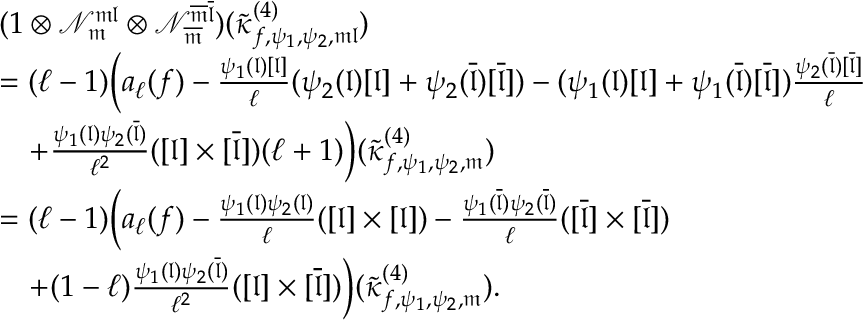
\begin{array} { r l } & { ( 1 \otimes \mathcal { N } _ { \mathfrak { m } } ^ { \mathfrak { m l } } \otimes \mathcal { N } _ { \overline { { \mathfrak { m } } } } ^ { \overline { { \mathfrak { m } } } \overline { { \mathfrak { l } } } } ) ( \tilde { \kappa } _ { f , \psi _ { 1 } , \psi _ { 2 } , \mathfrak { m } \mathfrak { l } } ^ { ( 4 ) } ) } \\ & { = ( \ell - 1 ) \bigg ( a _ { \ell } ( f ) - \frac { \psi _ { 1 } ( \mathfrak { l } ) [ \mathfrak { l } ] } { \ell } ( \psi _ { 2 } ( \mathfrak { l } ) [ \mathfrak { l } ] + \psi _ { 2 } ( \overline { { \mathfrak { l } } } ) [ \overline { { \mathfrak { l } } } ] ) - ( \psi _ { 1 } ( \mathfrak { l } ) [ \mathfrak { l } ] + \psi _ { 1 } ( \overline { { \mathfrak { l } } } ) [ \overline { { \mathfrak { l } } } ] ) \frac { \psi _ { 2 } ( \overline { { \mathfrak { l } } } ) [ \overline { { \mathfrak { l } } } ] } { \ell } } \\ & { \quad + \frac { \psi _ { 1 } ( \mathfrak { l } ) \psi _ { 2 } ( \overline { { \mathfrak { l } } } ) } { \ell ^ { 2 } } ( [ \mathfrak { l } ] \times [ \overline { { \mathfrak { l } } } ] ) ( \ell + 1 ) \bigg ) ( \tilde { \kappa } _ { f , \psi _ { 1 } , \psi _ { 2 } , \mathfrak { m } } ^ { ( 4 ) } ) } \\ & { = ( \ell - 1 ) \bigg ( a _ { \ell } ( f ) - \frac { \psi _ { 1 } ( \mathfrak { l } ) \psi _ { 2 } ( \mathfrak { l } ) } { \ell } ( [ \mathfrak { l } ] \times [ \mathfrak { l } ] ) - \frac { \psi _ { 1 } ( \overline { { \mathfrak { l } } } ) \psi _ { 2 } ( \overline { { \mathfrak { l } } } ) } { \ell } ( [ \overline { { \mathfrak { l } } } ] \times [ \overline { { \mathfrak { l } } } ] ) } \\ & { \quad + ( 1 - \ell ) \frac { \psi _ { 1 } ( \mathfrak { l } ) \psi _ { 2 } ( \overline { { \mathfrak { l } } } ) } { \ell ^ { 2 } } ( [ \mathfrak { l } ] \times [ \overline { { \mathfrak { l } } } ] ) \bigg ) ( \tilde { \kappa } _ { f , \psi _ { 1 } , \psi _ { 2 } , \mathfrak { m } } ^ { ( 4 ) } ) . } \end{array}